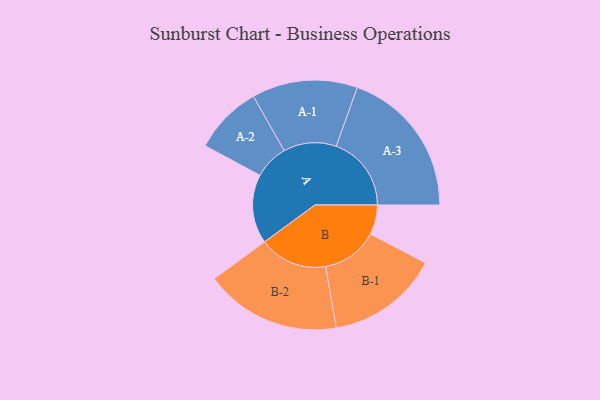
{"axis": {"x": "Segment", "y": "Value"}, "legend": ["", "A", "B"], "data": [{"x": "A", "y": 247, "type": ""}, {"x": "B", "y": 106, "type": ""}, {"x": "A-1", "y": 189, "type": "A"}, {"x": "A-2", "y": 123, "type": "A"}, {"x": "A-3", "y": 269, "type": "A"}, {"x": "B-1", "y": 201, "type": "B"}, {"x": "B-2", "y": 244, "type": "B"}]}